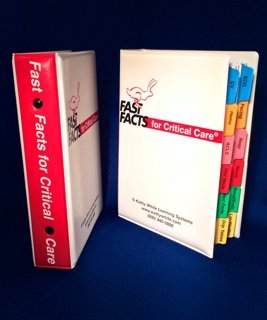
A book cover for Fast Facts for Critical Care; Kathy White; Medical Books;